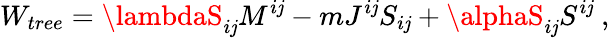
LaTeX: W_{tree}=\lambdaS_{i\mathit{j}}M^{i\mathit{j}}-mJ^{i\mathit{j}}S_{i\mathit{j}}+\alphaS_{i\mathit{j}}S^{i\mathit{j}}\ ,